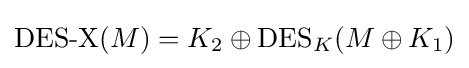
{\mbox{DES-X}}(M)=K_{2}\oplus {\mbox{DES}}_{K}(M\oplus K_{1})